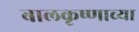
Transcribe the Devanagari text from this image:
बालकृष्णाच्या